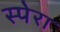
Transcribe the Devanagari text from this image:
स्पेरा